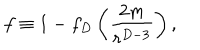
f \equiv 1 - f _ { D } \left( { \frac { 2 m } { r ^ { D - 3 } } } \right) ,